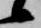
候